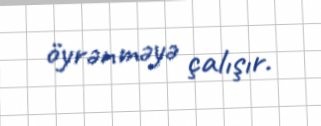
öyrənməyə çalışır.